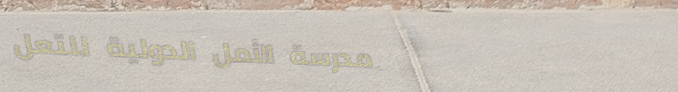
مدرسة الأمل الدولية للتعل